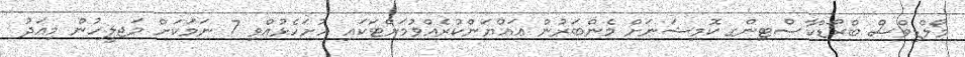
މޯލްޑިވްސް ބްރޯޑްކާސްޓިންގ ކޮމިޝަނަށް މެންބަރުން ޢައްޔަންކުރެއްވުމަށްޓަކައި ހުށަހެޅުއްވި 7 ނަމަކަށް މަޖލީހުން މިއަދު